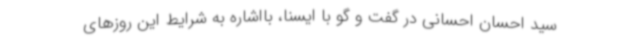
سید احسان احسانی در گفت و گو با ایسنا، بااشاره به شرایط این روزهای